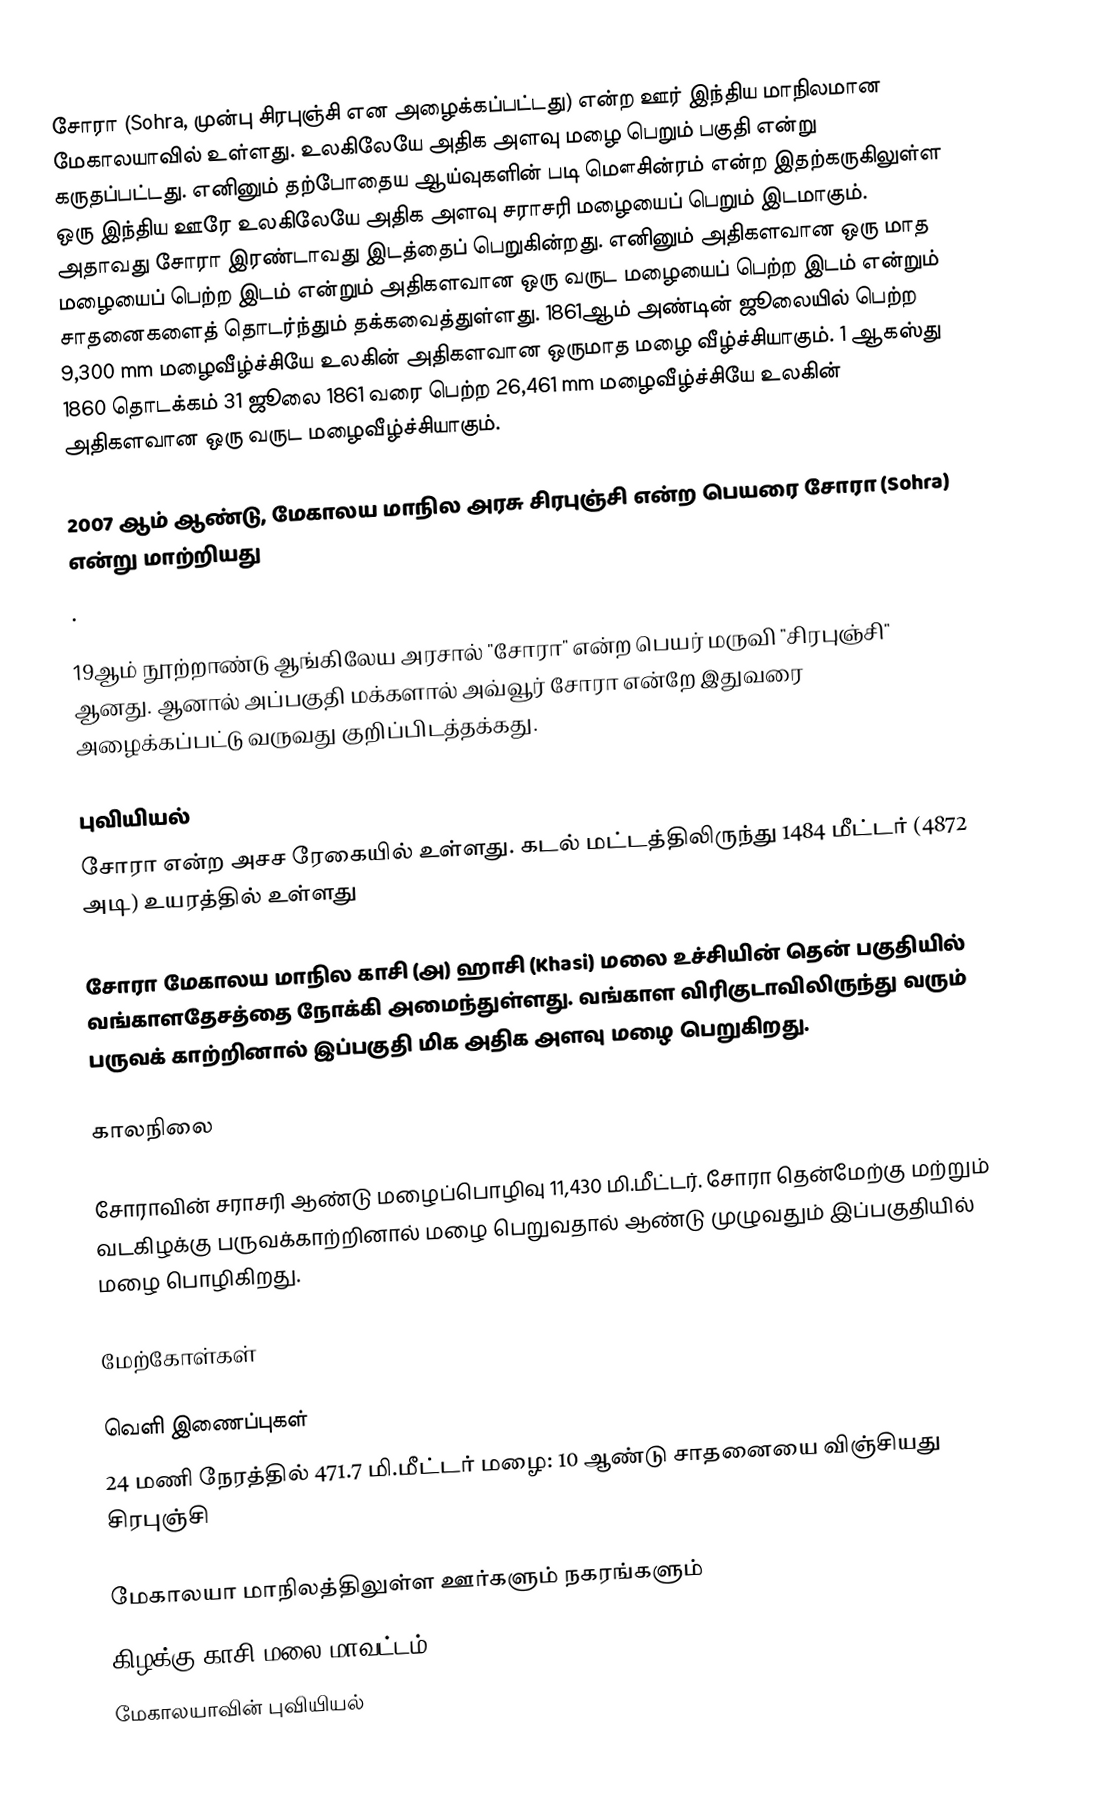
சோரா (Sohra, முன்பு சிரபுஞ்சி என அழைக்கப்பட்டது) என்ற ஊர் இந்திய மாநிலமான மேகாலயாவில் உள்ளது. உலகிலேயே அதிக அளவு மழை பெறும் பகுதி என்று கருதப்பட்டது. எனினும் தற்போதைய ஆய்வுகளின் படி மௌசின்ரம் என்ற இதற்கருகிலுள்ள ஒரு இந்திய ஊரே உலகிலேயே அதிக அளவு சராசரி மழையைப் பெறும் இடமாகும். அதாவது சோரா இரண்டாவது இடத்தைப் பெறுகின்றது. எனினும் அதிகளவான ஒரு மாத மழையைப் பெற்ற இடம் என்றும் அதிகளவான ஒரு வருட மழையைப் பெற்ற இடம் என்றும் சாதனைகளைத் தொடர்ந்தும் தக்கவைத்துள்ளது. 1861ஆம் அண்டின் ஜூலையில் பெற்ற 9,300 mm மழைவீழ்ச்சியே உலகின் அதிகளவான ஒருமாத மழை வீழ்ச்சியாகும். 1 ஆகஸ்து 1860 தொடக்கம் 31 ஜூலை 1861 வரை பெற்ற 26,461 mm மழைவீழ்ச்சியே உலகின் அதிகளவான ஒரு வருட மழைவீழ்ச்சியாகும்.

2007 ஆம் ஆண்டு, மேகாலய மாநில அரசு சிரபுஞ்சி என்ற பெயரை சோரா (Sohra) என்று மாற்றியது
.

19ஆம் நூற்றாண்டு ஆங்கிலேய அரசால் "சோரா" என்ற பெயர் மருவி "சிரபுஞ்சி" ஆனது. ஆனால் அப்பகுதி மக்களால் அவ்வூர் சோரா என்றே இதுவரை அழைக்கப்பட்டு வருவது குறிப்பிடத்தக்கது.

புவியியல்
சோரா   என்ற அசச ரேகையில் உள்ளது. கடல் மட்டத்திலிருந்து 1484 மீட்டர் (4872 அடி) உயரத்தில் உள்ளது

சோரா மேகாலய மாநில காசி (அ) ஹாசி (Khasi) மலை உச்சியின் தென் பகுதியில் வங்காளதேசத்தை நோக்கி அமைந்துள்ளது. வங்காள விரிகுடாவிலிருந்து வரும் பருவக் காற்றினால் இப்பகுதி மிக அதிக அளவு மழை பெறுகிறது.

காலநிலை

சோராவின் சராசரி ஆண்டு மழைப்பொழிவு 11,430 மி.மீட்டர்.  சோரா தென்மேற்கு மற்றும் வடகிழக்கு பருவக்காற்றினால் மழை பெறுவதால் ஆண்டு முழுவதும் இப்பகுதியில் மழை பொழிகிறது.

மேற்கோள்கள்

வெளி இணைப்புகள்
 24 மணி நேரத்தில் 471.7 மி.மீட்டர் மழை: 10 ஆண்டு சாதனையை விஞ்சியது சிரபுஞ்சி

மேகாலயா மாநிலத்திலுள்ள ஊர்களும் நகரங்களும்
கிழக்கு காசி மலை மாவட்டம்
மேகாலயாவின் புவியியல்